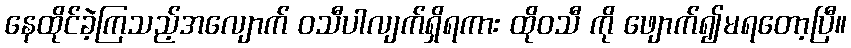
နေထိုင်ခဲ့ကြသည့်အလျောက် ဝသီပါလျက်ရှိရကား ထိုဝသီ ကို ဖျောက်၍မရတော့ပြီ။